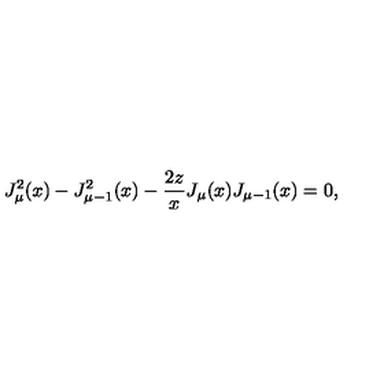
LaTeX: J _ { \mu } ^ { 2 } ( x ) - J _ { \mu - 1 } ^ { 2 } ( x ) - \frac { 2 z } { x } J _ { \mu } ( x ) J _ { \mu - 1 } ( x ) = 0 ,